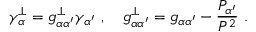
\gamma _ { \alpha } ^ { \perp } = g _ { \alpha \alpha ^ { \prime } } ^ { \perp } \gamma _ { \alpha ^ { \prime } } \ , \quad g _ { \alpha \alpha ^ { \prime } } ^ { \perp } = g _ { \alpha \alpha ^ { \prime } } - \frac { P _ { \alpha ^ { \prime } } } { P ^ { 2 } } \ .